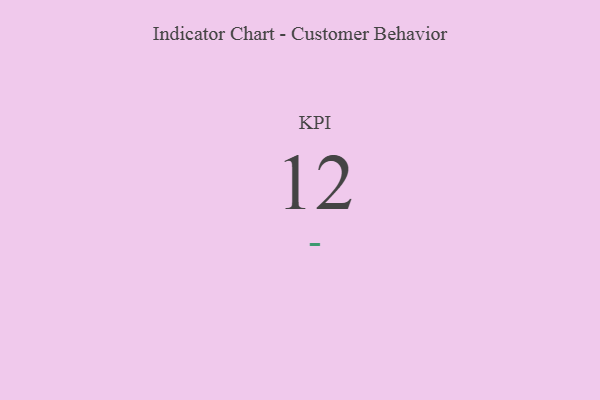
{"axis": {"x": "KPI", "y": "Value"}, "legend": [""], "data": [{"x": "KPI", "y": 12, "type": ""}]}